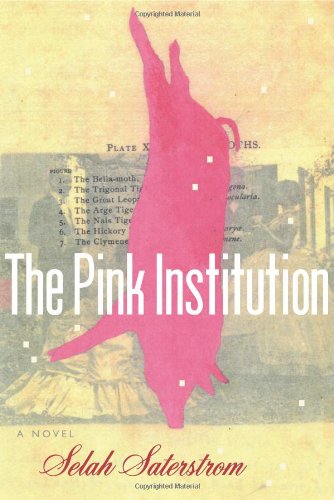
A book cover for The Pink Institution; Selah Saterstrom; Literature & Fiction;